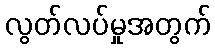
လွတ်လပ်မှုအတွက်